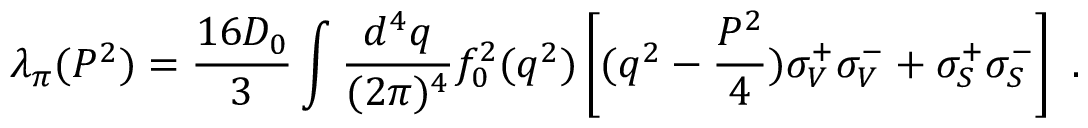
\lambda _ { \pi } ( P ^ { 2 } ) = \frac { 1 6 D _ { 0 } } { 3 } \int \frac { d ^ { 4 } q } { ( 2 \pi ) ^ { 4 } } f _ { 0 } ^ { 2 } ( q ^ { 2 } ) \left[ ( q ^ { 2 } - \frac { P ^ { 2 } } { 4 } ) \sigma _ { V } ^ { + } \sigma _ { V } ^ { - } + \sigma _ { S } ^ { + } \sigma _ { S } ^ { - } \right] ~ .